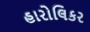
હારોલિકર